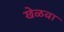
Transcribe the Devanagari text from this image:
खेळवा